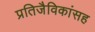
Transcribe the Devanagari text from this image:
प्रतिजैविकांसह